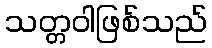
သတ္တဝါဖြစ်သည်